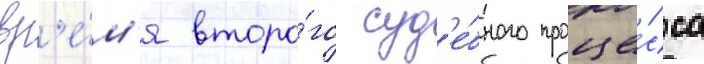
вр'е́м'я второ́го суд'е́бного проце́сса